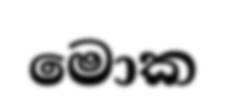
මොක